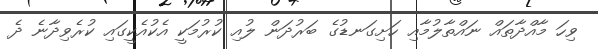
ވިހަ މާއްދާތައް ނައްތާލުމާއި ހަށިގަނޑުގެ ބަރުދަން ލުއި ކުރުމަކީ އެކުއެކީގައި ކުރެވިދާނެ ދެ